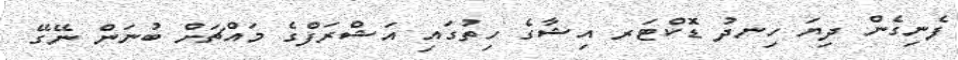
ފެނިގެން ދިޔަ ހިނދު ޑޮކްޓަރ އިޝާގެ ހިތުގައި އަޝްރަފްގެ މައްޗަށް ބުނަން ނޭގޭ